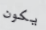
يكون